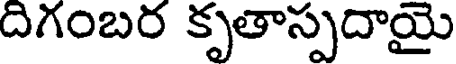
దిగంబర కృతాస్పదాయై